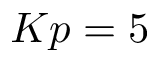
K p = 5